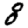
Digit: 8